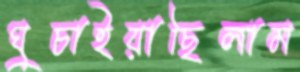
ঘুচাইয়াছিলাম